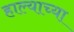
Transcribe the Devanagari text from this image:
हाल्याच्या